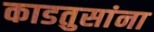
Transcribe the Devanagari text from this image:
काडतुसांना